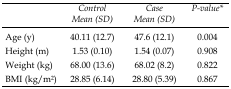
<table><thead><tr><td></td><td><b><i>Control Mean (SD)</i></b></td><td><b><i>Case Mean (SD)</i></b></td><td><b><i>P-value*</i></b></td></tr></thead><tbody><tr><td>Age (y)</td><td>40.11 (12.7)</td><td>47.6 (12.1)</td><td>0.004</td></tr><tr><td>Height (m)</td><td>1.53 (0.10)</td><td>1.54 (0.07)</td><td>0.908</td></tr><tr><td>Weight (kg)</td><td>68.00 (13.6)</td><td>68.02 (8.2)</td><td>0.822</td></tr><tr><td>BMI (kg/m<sup>2</sup>)</td><td>28.85 (6.14)</td><td>28.80 (5.39)</td><td>0.867</td></tr></tbody></table>